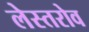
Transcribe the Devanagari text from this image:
लेस्तरोव